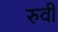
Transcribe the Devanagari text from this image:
रुवी